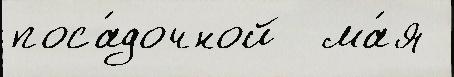
поса́дочной  ма́я